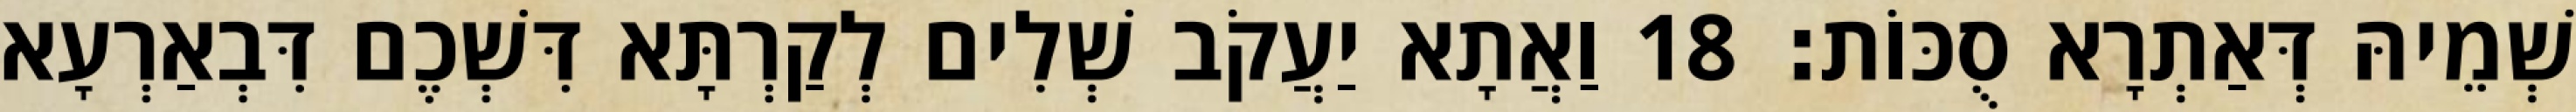
שְׁמֵיהּ דְּאַתְרָא סֻכּוֹת׃ 18 וַאֲתָא יַעֲקֹב שְׁלִים לְקַרְתָּא דִּשְׁכֶם דִּבְאַרְעָא